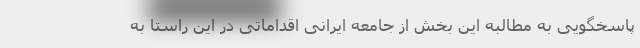
پاسخگویی به مطالبه این بخش از جامعه ایرانی اقداماتی در این راستا به